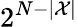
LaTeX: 2^{N-|\mathcal{X}|}